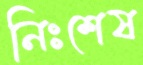
নিঃশেষ